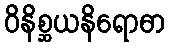
ဝိနိစ္ဆယနိရောဓာ